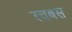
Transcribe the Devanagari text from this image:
रचबस